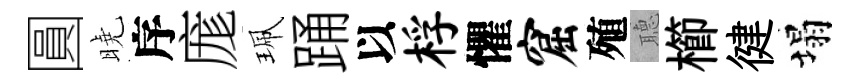
圓曉序庬珮踊以桴懼窟殖𦗟櫛徤塌